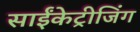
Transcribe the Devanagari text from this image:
साईंकेट्रीजिंग